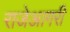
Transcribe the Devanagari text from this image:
राजेआगरी